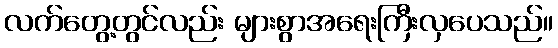
လက်တွေ့တွင်လည်း များစွာအရေးကြီးလှပေသည်။